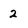
Character: 2